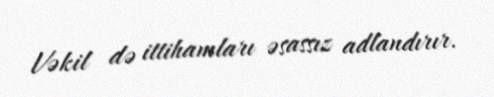
Vəkil də ittihamları əsassız adlandırır.